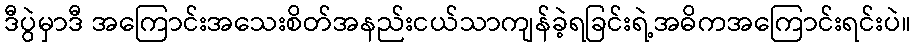
ဒီပွဲမှာဒီ အကြောင်းအသေးစိတ်အနည်းငယ်သာကျန်ခဲ့ရခြင်းရဲ့အဓိကအကြောင်းရင်းပဲ။